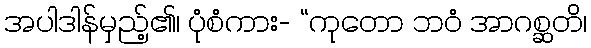
အပါဒါန်မှည့်၏၊ ပုံစံကား- “ကုတော ဘဝံ အာဂစ္ဆတိ၊